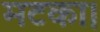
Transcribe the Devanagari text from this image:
मटका।